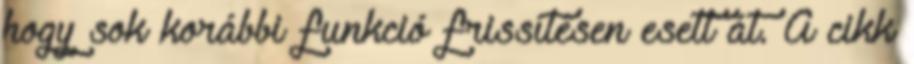
hogy sok korábbi funkció frissítésen esett át. A cikk